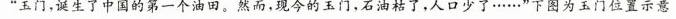
”玉门，诞生了中国的第一个油田。然而，现今的玉门，石油枯了，人口少了\cdots\cdots”下图为玉门位置示意